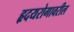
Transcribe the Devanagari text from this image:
हृदयरोगावरील